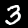
Digit: 3